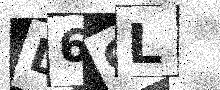
Text: L6CL